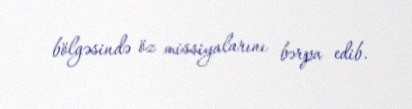
bölgəsində öz missiyalarını bərpa edib.